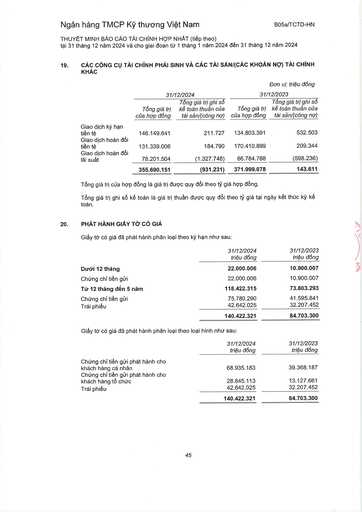
|||31/12/2024||Đơn vị: triệu đồng 31/12/2023| |---|---|---|---|---| ||Tổng giá trị của hợp đồng|Tổng giá trị ghi sổ kế toán thuần của tài sản/(công nợ)|Tổng giá trị của hợp đồng|Tổng giá trị ghi sổ kế toán thuần của tài sản/(công nợ)| |Giao dịch kỳ hạn tiền tệ|146.149.641|211.727|134.803.391|532.503| |Giao dịch hoán đổi tiền tệ|131.339.006|184.790|170.410.899|209.344| |Giao dịch hoán đổi lãi suất|78.201.504|(1.327.748)|66.784.788|(598.236)| ||355.690.151|(931.231)|371.999.078|143.611| ||31/12/2024 triệu đồng|31/12/2023 triệu đồng| |---|---|---| |Dưới 12 tháng|22.000.006|10.900.007| |Chứng chỉ tiền gửi|22.000.006|10.900.007| |Từ 12 tháng đến 5 năm|118.422.315|73.803.293| |Chứng chỉ tiền gửi|75.780.290|41.595.841| |Trái phiếu|42.642.025|32.207.452| ||140.422.321|84.703.300| ||31/12/2024 triệu đồng|31/12/2023 triệu đồng| |---|---|---| |Chứng chỉ tiền gửi phát hành cho khách hàng cá nhân|68.935.183|39.368.187| |Chứng chỉ tiền gửi phát hành cho khách hàng tổ chức|28.845.113|13.127.661| |Trái phiếu|42.642.025|32.207.452| ||140.422.321|84.703.300|